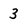
Character: 3